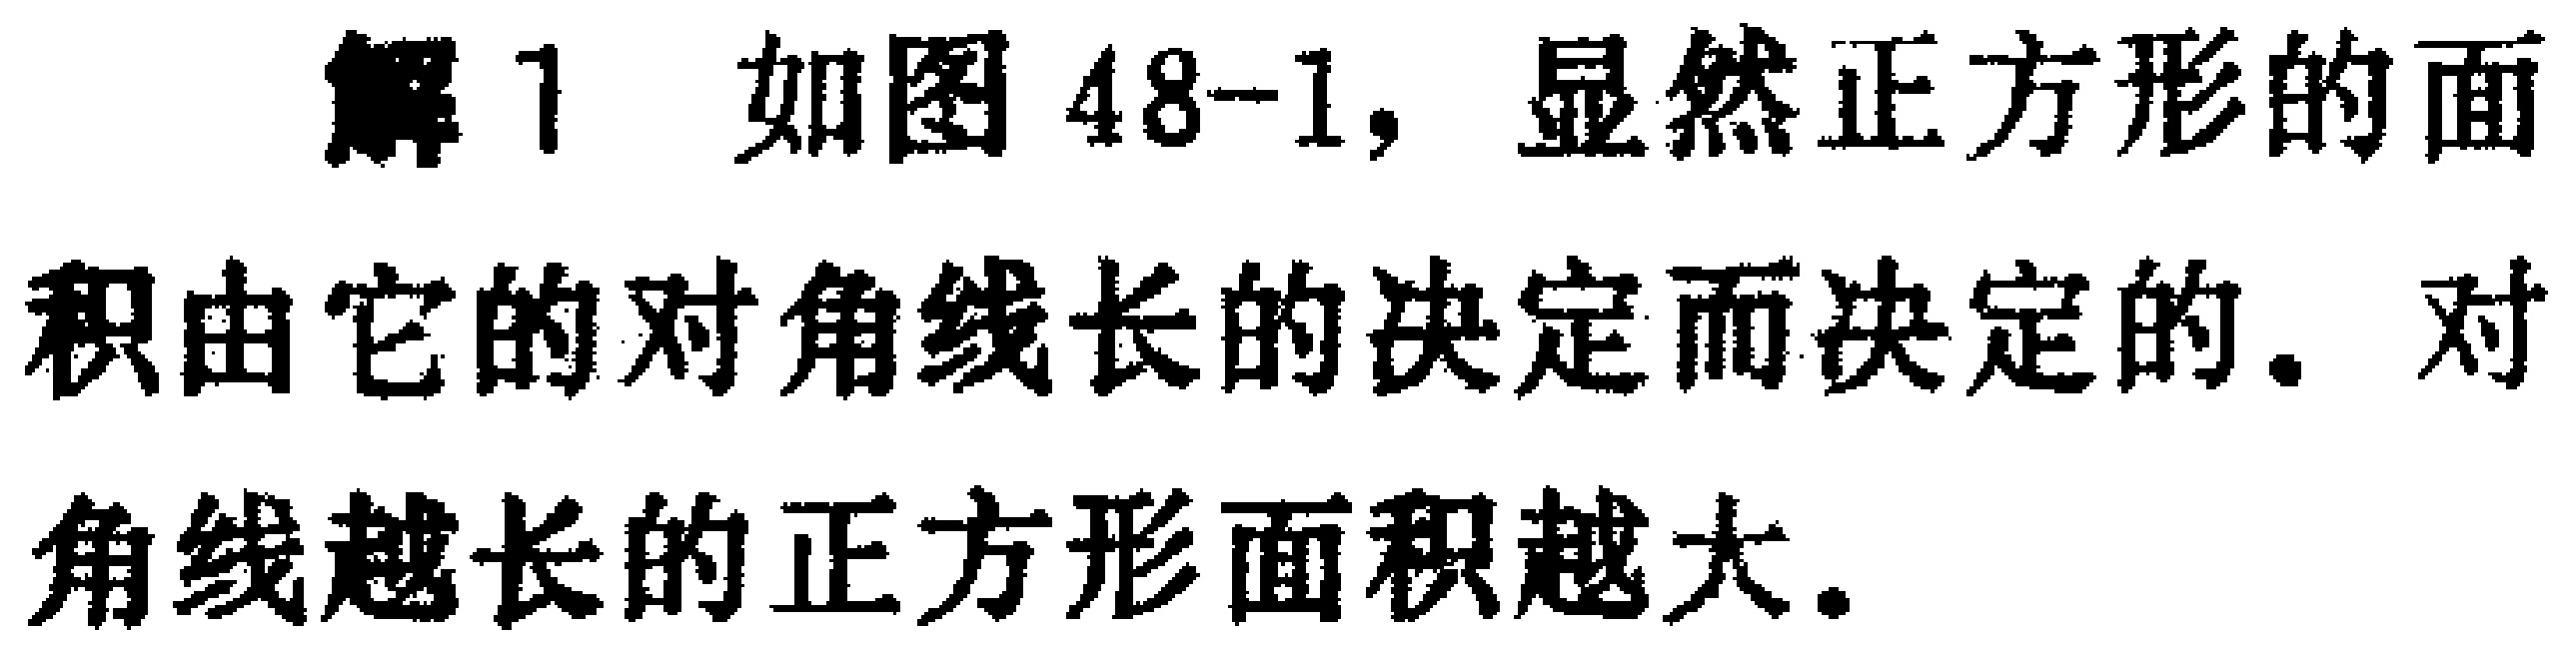
解1 如图48-1，显然正方形的面积由它的对角线长的决定而决定的. 对角线越长的正方形面积越大.